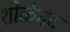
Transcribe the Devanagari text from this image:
शीळेनेच